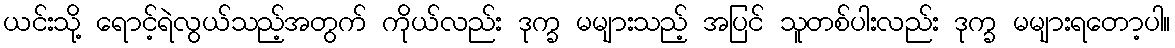
ယင်းသို့ ရောင့်ရဲလွယ်သည့်အတွက် ကိုယ်လည်း ဒုက္ခ မများသည့် အပြင် သူတစ်ပါးလည်း ဒုက္ခ မများရတော့ပါ။